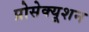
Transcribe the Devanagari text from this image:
प्रोसेक्यूशन